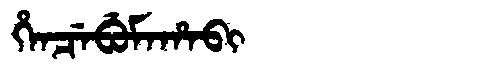
Manchu: ᡥᡝᠨᠴᡝᠪᡠᠮᠠᡥᠠᠪᡳ
Romanization: HENCEBUMAHABI